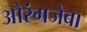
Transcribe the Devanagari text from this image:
औरंगजेबा